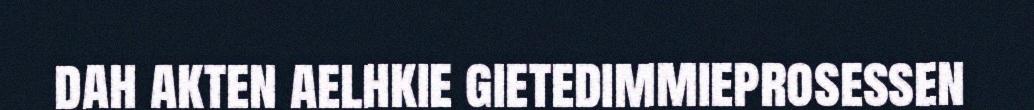
dah akten aelhkie gietedimmieprosessen